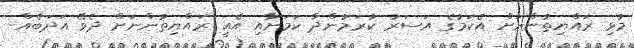
މުޅި ރައްޔިތުންނަށް އެކަމުގެ އަސަރު ކުރަމުންދާ ކަމަށާއި އެއީ ރައްޔިތުންނަށް ދެވޭ އަދަބެއް